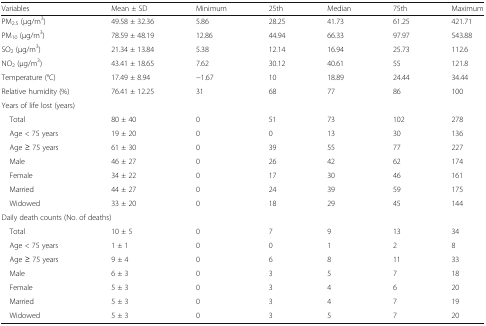
<table><thead><tr><td><b>Variables</b></td><td><b>Mean ± SD</b></td><td><b>Minimum</b></td><td><b>25th</b></td><td><b>Median</b></td><td><b>75th</b></td><td><b>Maximum</b></td></tr></thead><tbody><tr><td>PM<sub>2.5</sub> (μg/m<sup>3</sup>)</td><td>49.58 ± 32.36</td><td>5.86</td><td>28.25</td><td>41.73</td><td>61.25</td><td>421.71</td></tr><tr><td>PM<sub>10</sub> (μg/m<sup>3</sup>)</td><td>78.59 ± 48.19</td><td>12.86</td><td>44.94</td><td>66.33</td><td>97.97</td><td>543.88</td></tr><tr><td>SO<sub>2</sub> (μg/m<sup>3</sup>)</td><td>21.34 ± 13.84</td><td>5.38</td><td>12.14</td><td>16.94</td><td>25.73</td><td>112.6</td></tr><tr><td>NO<sub>2</sub> (μg/m<sup>3</sup>)</td><td>43.41 ± 18.65</td><td>7.62</td><td>30.12</td><td>40.61</td><td>55</td><td>121.8</td></tr><tr><td>Temperature (°C)</td><td>17.49 ± 8.94</td><td>−1.67</td><td>10</td><td>18.89</td><td>24.44</td><td>34.44</td></tr><tr><td>Relative humidity (%)</td><td>76.41 ± 12.25</td><td>31</td><td>68</td><td>77</td><td>86</td><td>100</td></tr><tr><td colspan="7">Years of life lost (years)</td></tr><tr><td> Total</td><td>80 ± 40</td><td>0</td><td>51</td><td>73</td><td>102</td><td>278</td></tr><tr><td> Age &lt; 75 years</td><td>19 ± 20</td><td>0</td><td>0</td><td>13</td><td>30</td><td>136</td></tr><tr><td> Age ≥ 75 years</td><td>61 ± 30</td><td>0</td><td>39</td><td>55</td><td>77</td><td>227</td></tr><tr><td> Male</td><td>46 ± 27</td><td>0</td><td>26</td><td>42</td><td>62</td><td>174</td></tr><tr><td> Female</td><td>34 ± 22</td><td>0</td><td>17</td><td>30</td><td>46</td><td>161</td></tr><tr><td> Married</td><td>44 ± 27</td><td>0</td><td>24</td><td>39</td><td>59</td><td>175</td></tr><tr><td> Widowed</td><td>33 ± 20</td><td>0</td><td>18</td><td>29</td><td>45</td><td>144</td></tr><tr><td colspan="7">Daily death counts (No. of deaths)</td></tr><tr><td> Total</td><td>10 ± 5</td><td>0</td><td>7</td><td>9</td><td>13</td><td>34</td></tr><tr><td> Age &lt; 75 years</td><td>1 ± 1</td><td>0</td><td>0</td><td>1</td><td>2</td><td>8</td></tr><tr><td> Age ≥ 75 years</td><td>9 ± 4</td><td>0</td><td>6</td><td>8</td><td>11</td><td>33</td></tr><tr><td> Male</td><td>6 ± 3</td><td>0</td><td>3</td><td>5</td><td>7</td><td>18</td></tr><tr><td> Female</td><td>5 ± 3</td><td>0</td><td>3</td><td>4</td><td>6</td><td>20</td></tr><tr><td> Married</td><td>5 ± 3</td><td>0</td><td>3</td><td>4</td><td>7</td><td>19</td></tr><tr><td> Widowed</td><td>5 ± 3</td><td>0</td><td>3</td><td>5</td><td>7</td><td>20</td></tr></tbody></table>